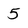
Character: 5